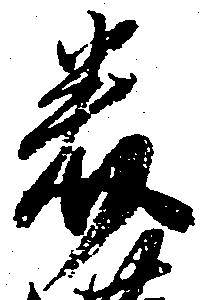
美